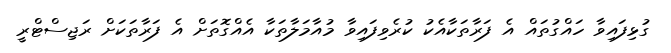
ގުޅިފައިވާ ހައްގުތައް އެ ފަރާތަކާއެކު ކުރެވިފައިވާ މުއާމަލާތަކާ އެއްގޮތަށް އެ ފަރާތަކަށް ރަޖިސްޓްރީ